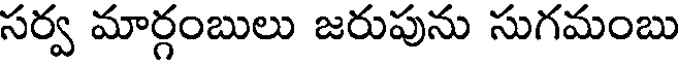
సర్వ మార్గంబులు జరుపును సుగమంబు